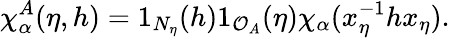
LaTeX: \chi_{\alpha}^{A}(\eta,h)=1_{N_{\eta}}(h)1_{\mathcal{O}_{A}}(\eta)\chi_{\alpha}(x_{\eta}^{-1}hx_{\eta}).